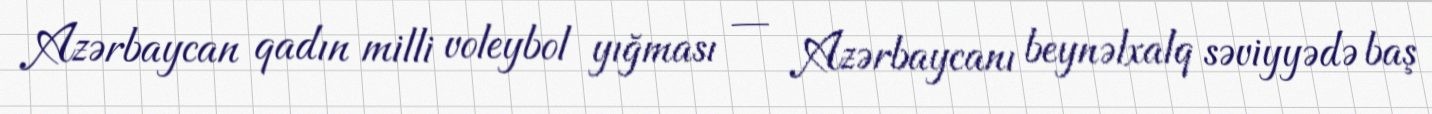
Azərbaycan qadın milli voleybol yığması — Azərbaycanı beynəlxalq səviyyədə baş